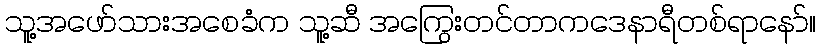
သူ့အဖော်သားအစေခံက သူ့ဆီ အကြွေးတင်တာကဒေနာရီတစ်ရာနော်။